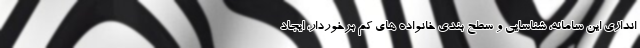
اندازی این سامانه، شناسایی و سطح بندی خانواده های کم برخوردار، ایجاد